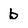
Character: b